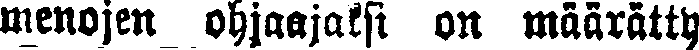
menojen ohjaajaksi on määrätty